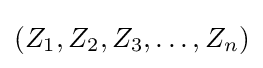
(Z_{1},Z_{2},Z_{3},\ldots ,Z_{n})